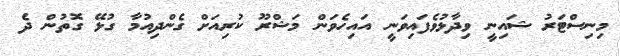
މިނިސްޓަރު ޝައިނީ ވިދާޅުވެފައިވަނީ އައިހެވަން މަޝްރޫ ކުރިއަށް ގެންދިއުމާ ގުޅޭ ގޮތުން ދެ